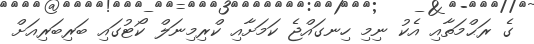
ގެ ރަޙްމަތާއި އެކު ނިމި ހިނގައްޖެ ކަމަށާއި ކްރިމިނަލް ކޯޓުގައި ބަރިބަރިއަށް